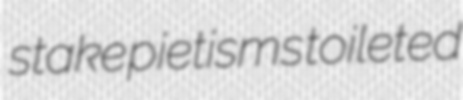
stake pietisms toileted